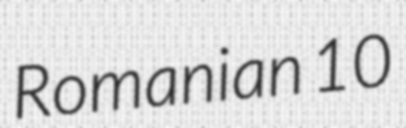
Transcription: Romanian 10